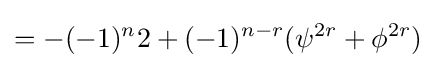
=-(-1)^{n}2+(-1)^{n-r}(\psi ^{2r}+\phi ^{2r})